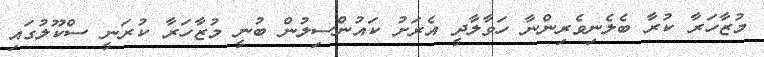
މުޒާހަރާ ކުރާ ބެލެނިވެރިންނާ ހަވާލާދީ އެރަށު ކައުންސިލުން ބުނީ މުޒާހަރާ ކުރަނީ ސްކޫލުގައި